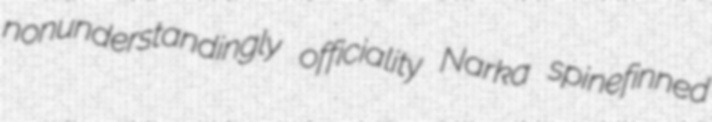
nonunderstandingly officiality Narka spinefinned